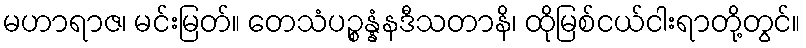
မဟာရာဇ၊ မင်းမြတ်။ တေသံပဉ္စန္နံနဒီသတာနိ၊ ထိုမြစ်ငယ်ငါးရာတို့တွင်။